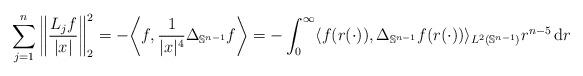
LaTeX: \begin{align*}\sum_{j=1}^n \bigg\|\frac{L_j f}{|x|} \bigg\|_{2}^2 = - \bigg\langle f , \frac{1}{|x|^4} \Delta_{\mathbb{S}^{n-1}} f \bigg\rangle = -\int_0^\infty \langle f(r(\cdot)) , \Delta_{\mathbb{S}^{n-1}} f(r(\cdot)) \rangle_{L^2(\mathbb{S}^{n-1})} r^{n-5} \, \mathrm{d}r \\\end{align*}